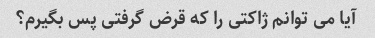
آیا می توانم ژاکتی را که قرض گرفتی پس بگیرم؟